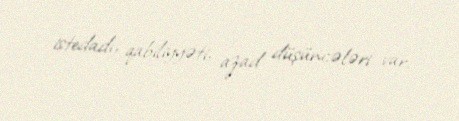
istedadı, qabiliyyəti, azad düşüncələri var.